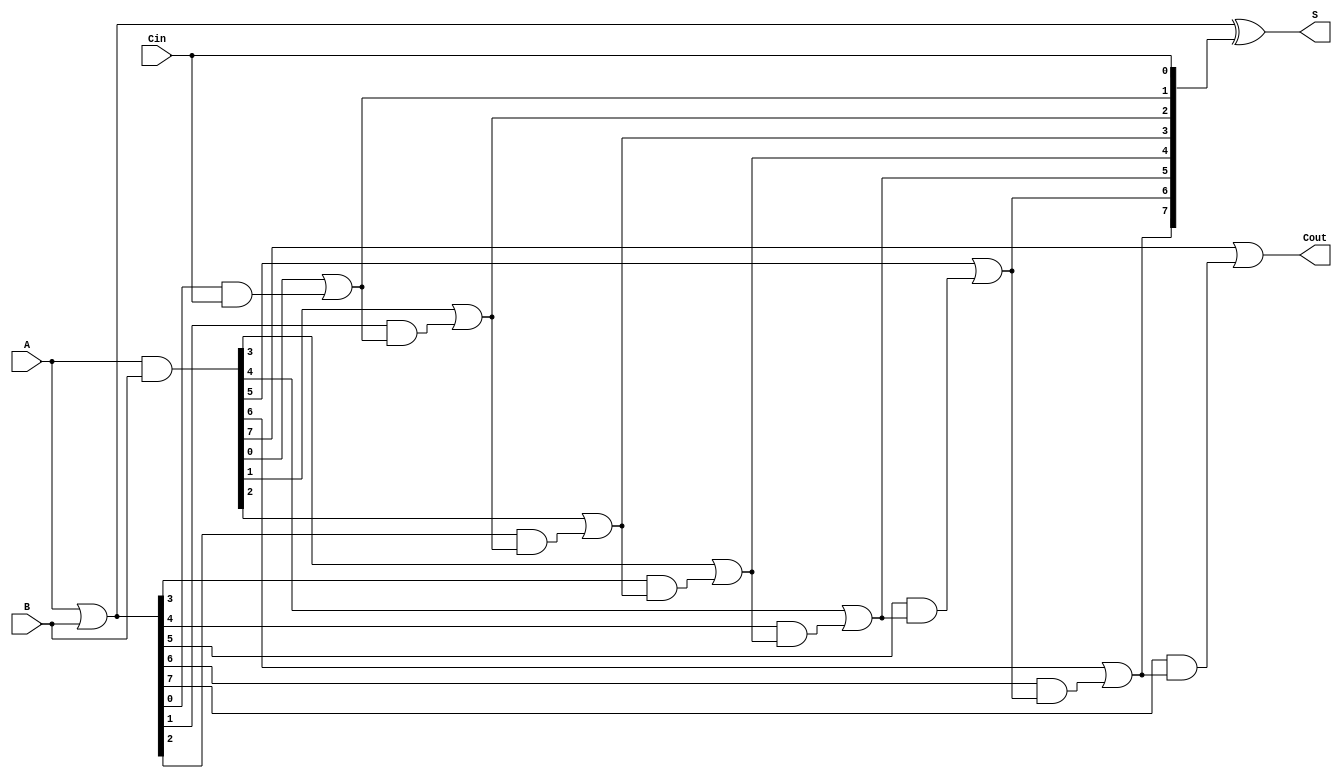
module KoggeStoneAdder #(parameter N = 8) (
    input [N-1:0] A,      // First n-bit input
    input [N-1:0] B,      // Second n-bit input
    input Cin,            // Carry-in
    output [N-1:0] S,     // Sum output
    output Cout           // Carry-out output
);

    wire [N-1:0] G;      // Generate signals
    wire [N-1:0] P;      // Propagate signals
    wire [N:0] C;        // Carry signals (C[0] = Cin)

    // Generate and Propagate signals
    assign G = A & B;    // Generate
    assign P = A | B;    // Propagate

    // Carry-in initialization
    assign C[0] = Cin;

    // Kogge-Stone carry generation
    genvar i, j;

    // First stage of carry computation
    generate
        for (i = 0; i < N; i = i + 1) begin
            assign C[i + 1] = G[i] | (P[i] & C[i]);
        end
    endgenerate

    // Sum calculation
    assign S = P ^ C[N-1:0]; // Sum bits

    // Carry-out is the last carry bit
    assign Cout = C[N];

endmodule